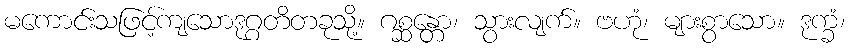
မကောင်းသဖြင့်ကျသောဒုဂ္ဂတိတခုသို့။ ဂစ္ဆန္တော၊ သွားလျက်။ ဗဟုံ၊ များစွာသော။ ဒုက္ခံ၊